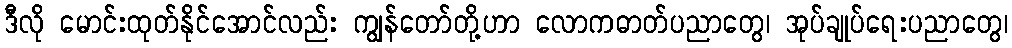
ဒီလို မောင်းထုတ်နိုင်အောင်လည်း ကျွန်တော်တို့ဟာ လောကဓာတ်ပညာတွေ၊ အုပ်ချုပ်ရေးပညာတွေ၊